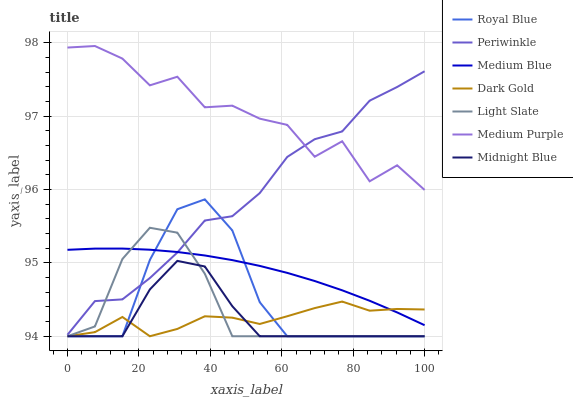
| xaxis_label | Royal Blue | Periwinkle | Medium Blue | Dark Gold | Light Slate | Medium Purple | Midnight Blue |
 | --- | --- | --- | --- | --- | --- | --- | --- |
 | 0 | 94 | 94 | 95.2 | 94 | 94 | 97.9 | 94 |
 | 7.69 | 94 | 94.5 | 95.2 | 94.1 | 94.1 | 98 | 94 |
 | 15.4 | 94 | 94.5 | 95.2 | 94.3 | 95.1 | 97.8 | 94 |
 | 23.1 | 95 | 94.8 | 95.2 | 94 | 95.5 | 97.4 | 94.6 |
 | 30.8 | 95.7 | 95.1 | 95.1 | 94.1 | 95.4 | 97.5 | 95 |
 | 38.5 | 95.9 | 95.6 | 95.1 | 94.3 | 94.9 | 97.1 | 95 |
 | 46.2 | 95.4 | 95.6 | 95 | 94.3 | 94 | 97.1 | 94.4 |
 | 53.8 | 94.5 | 96 | 95 | 94.2 | 94 | 97 | 94 |
 | 61.5 | 94 | 96.4 | 94.9 | 94.3 | 94 | 96.9 | 94 |
 | 69.2 | 94 | 96.7 | 94.8 | 94.4 | 94 | 96.4 | 94 |
 | 76.9 | 94 | 96.8 | 94.6 | 94.5 | 94 | 96.7 | 94 |
 | 84.6 | 94 | 97.2 | 94.5 | 94.3 | 94 | 96.1 | 94 |
 | 92.3 | 94 | 97.4 | 94.3 | 94.4 | 94 | 96.3 | 94 |
 | 100 | 94 | 97.6 | 94.2 | 94.4 | 94 | 96 | 94 |